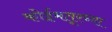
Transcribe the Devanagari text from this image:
कोईमतूरच्या